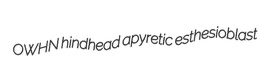
OWHN hindhead apyretic esthesioblast